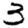
Digit: 3